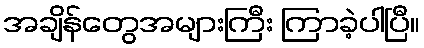
အချိန်တွေအများကြီး ကြာခဲ့ပါပြီ။